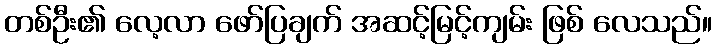
တစ်ဦး၏ လေ့လာ ဖော်ပြချက် အဆင့်မြင့်ကျမ်း ဖြစ် လေသည်။